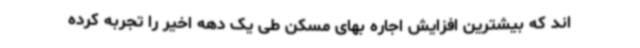
اند که بیشترین افزایش اجاره بهای مسکن طی یک دهه اخیر را تجربه کرده